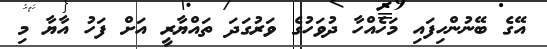
އޭގެ ބޭނުންހިފައި މަހެއްހާ ދުވަހުގެ ވަރުގަދަ ތައްޔާރީ އަށް ފަހު އާޔާ މި